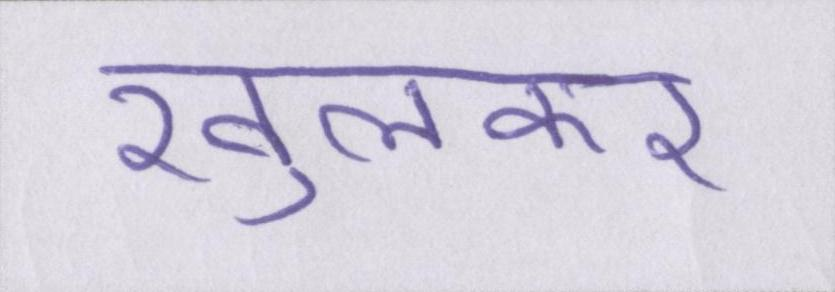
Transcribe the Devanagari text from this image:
खुलकर